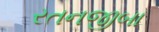
રતનજીબા